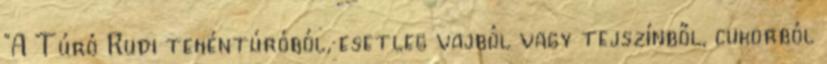
"A Túró Rudi tehéntúróból, esetleg vajból vagy tejszínből, cukorból